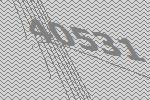
40531